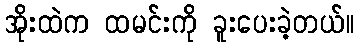
အိုးထဲက ထမင်းကို ခူးပေးခဲ့တယ်။